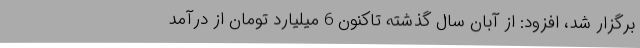
برگزار شد، افزود: از آبان سال گذشته تاکنون 6 میلیارد تومان از درآمد